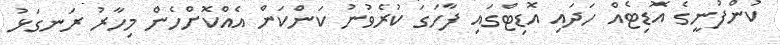
ކުންފުނީގެ އޮޑިޓެއް ހަދައި އޮޑިޓްގައި ފާހަގަ ކުރެވުނު ކަންކަން އެއްކޮށްހެން މިހާރު ރަނގަޅު